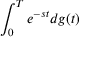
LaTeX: \int _ { 0 } ^ { T } e ^ { - s t } d g ( t )